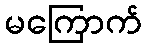
မကြောက်